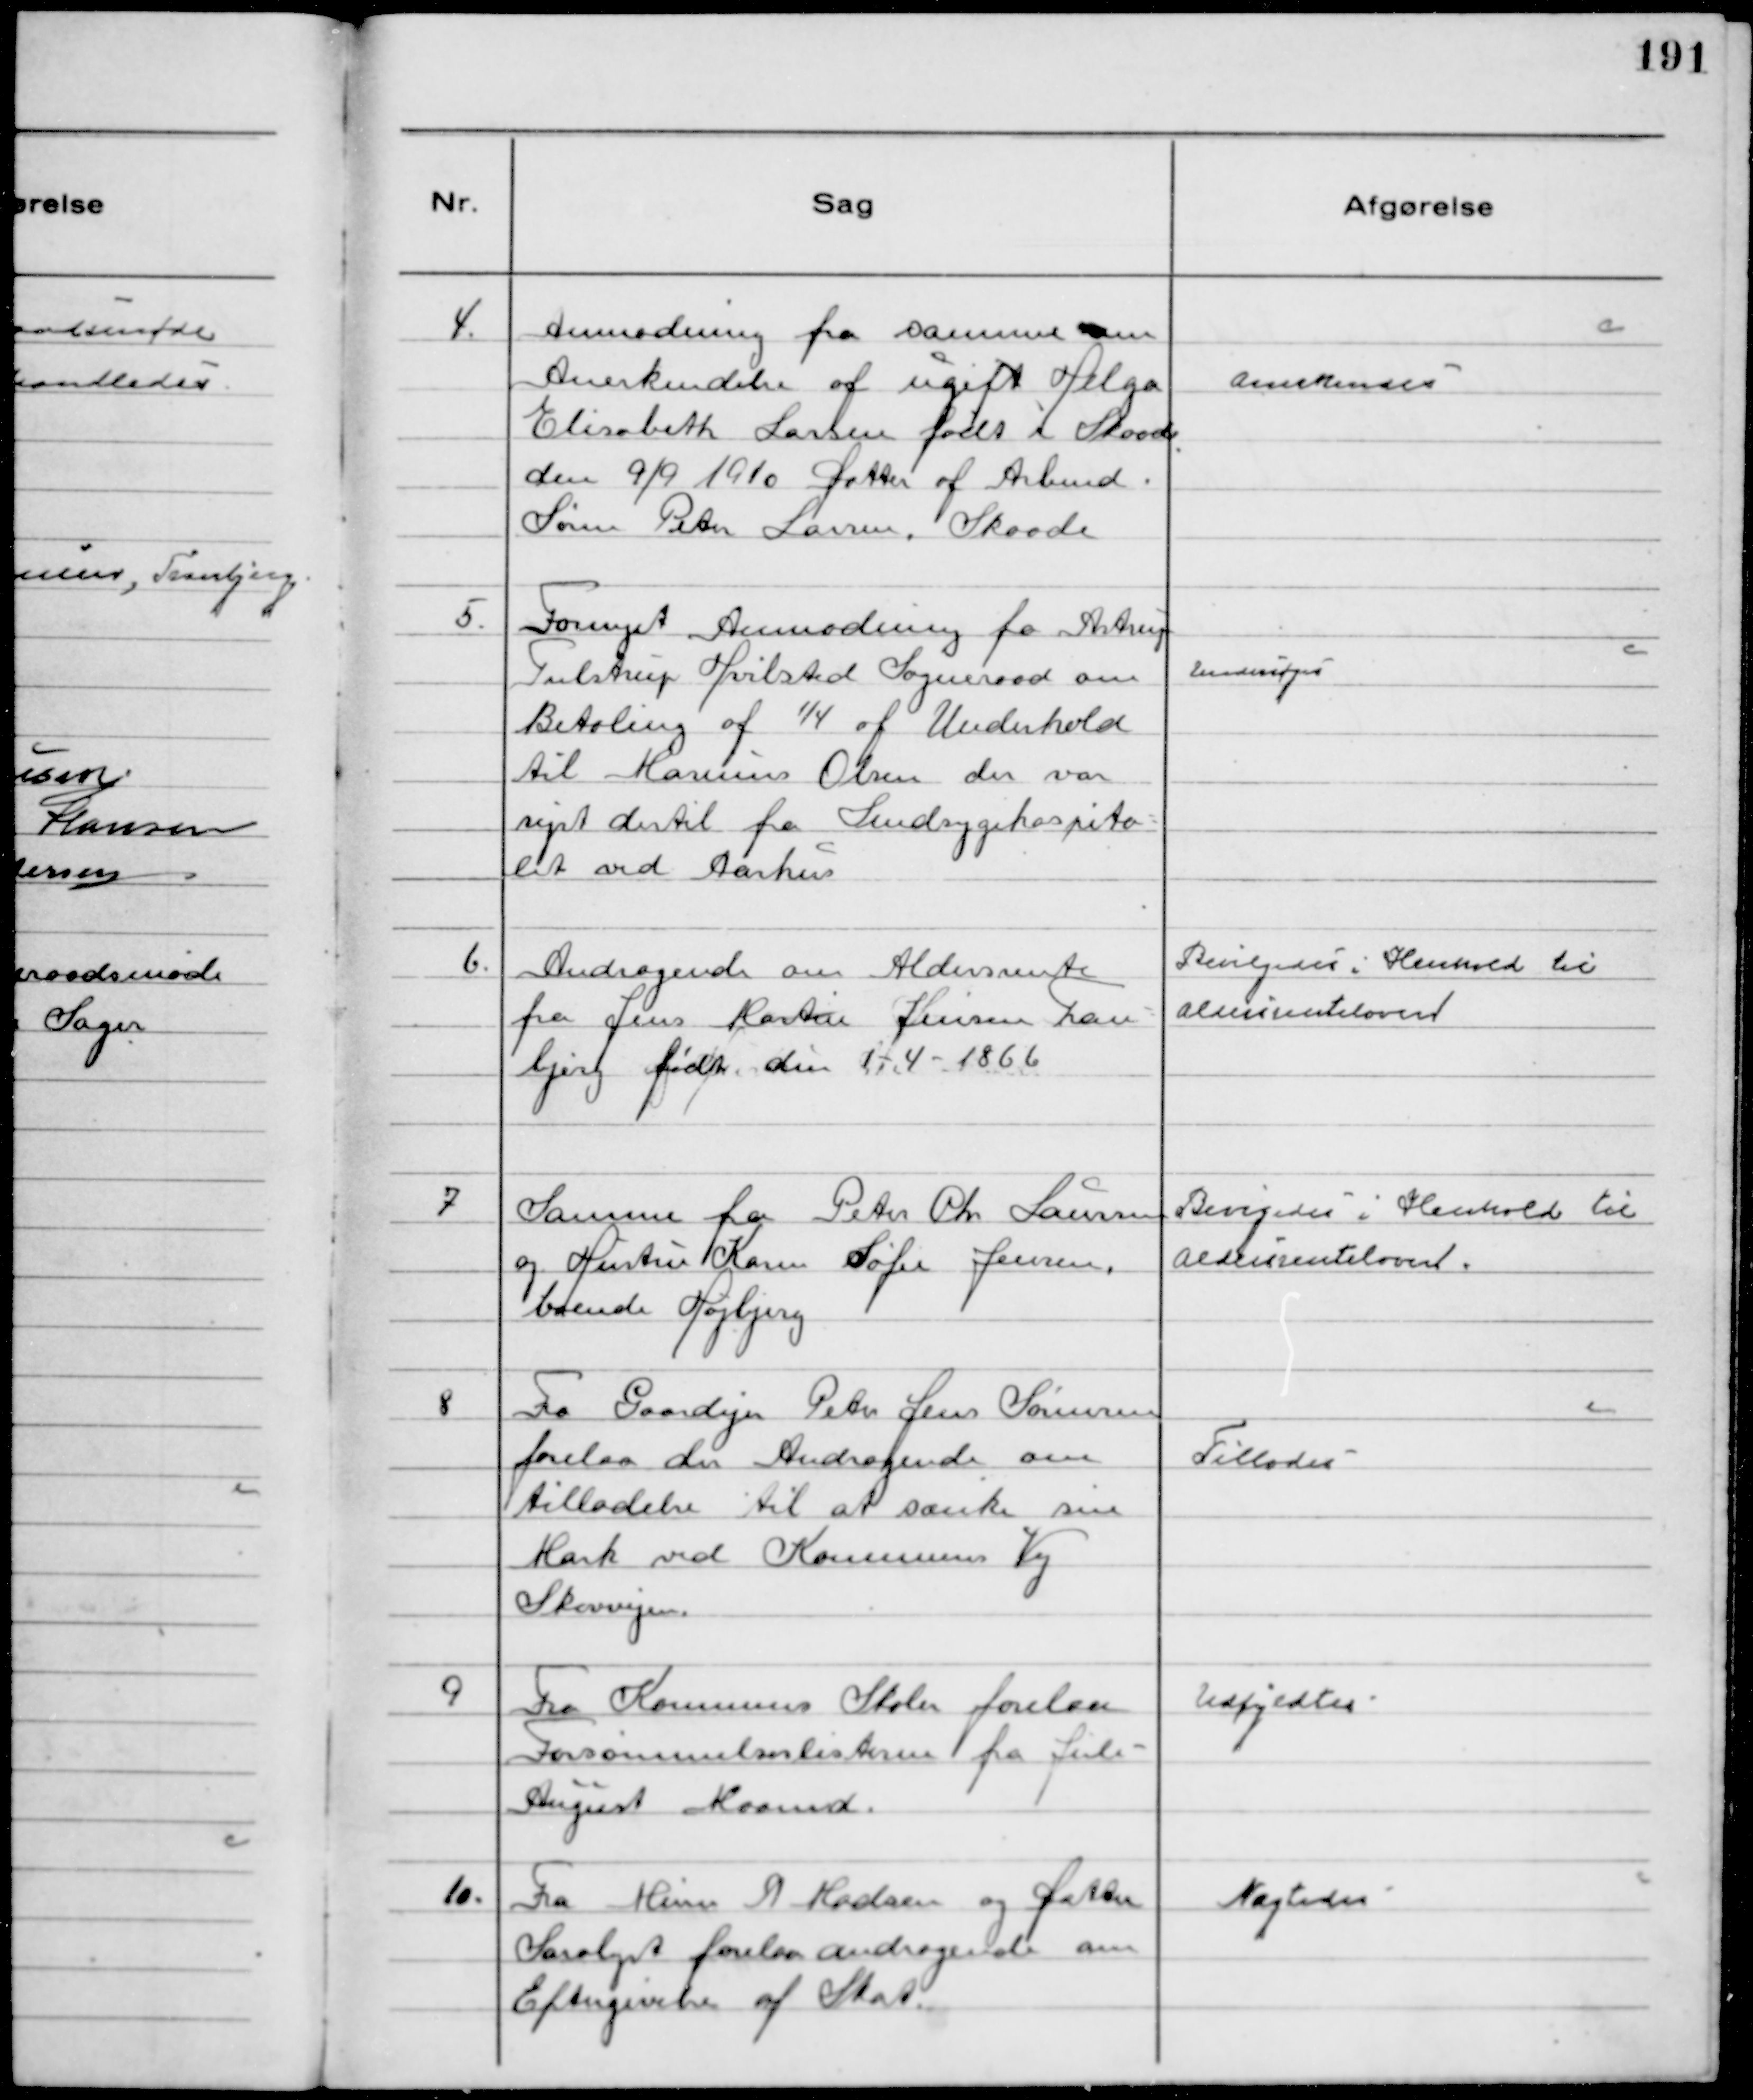
Transskription:
4.
Anmodning fra samme om
Anerkendelse af ugift Helga
Elisabeth Larsen født i Skaade
den 9/9 1910 Datter af Arbmd.
Søren Peter Larsen. Skaade

Anerkendes

5.
Fornyet Anmodning fra Astrup
Tulstrup Hvilsted Sogneraad om
Betaling af 1/4 af Underhold
til Marinus Olsen der var
rejst dertil fra Sindsygehospita-
let ved Aarhus

Undersøges

6.
Andragende om Aldersrente
fra Jens Martin Hansen Tran-
bjerg født den 1-4-1866

Bevilgedes i Henhold til
Aldersrenteloven

7
Samme fra Peter Chr Laursen
og Hustru Karen Sofie Jensen
boende Højbjerg

Bevigedes i Henhold til
Aldersrenteloven.

8
Fra Gaardejer Peter Jens Sørensen
forelaa der Andragende om
tilladelse til at sænke sin
Mark ved Kommunens Vej
Skovvejen.

Tillodes

9
Fra Kommunens Skoler forelaa
Forsømmelseslisterne fra Juli -
August Maaned.

Udfyldtes

10.
Fra Murer A Madsen og Datter
Saralyst forelaa andragende om
Eftergivelse af Skat.

Nægtedes